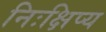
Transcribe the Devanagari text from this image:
निःक्षिप्य